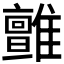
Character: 𩁉